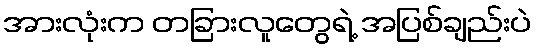
အားလုံးက တခြားလူတွေရဲ့ အပြစ်ချည်းပဲ